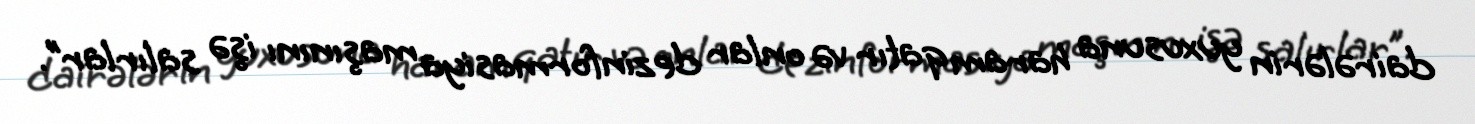
dairələrin yuxusuna haram qatır və onlar dezinformasiya maşınını işə salırlar”.